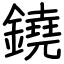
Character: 鐃